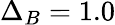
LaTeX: \Delta_{B}=1.0